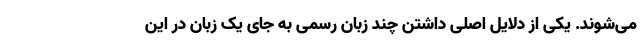
می‌شوند. یکی از دلایل اصلی داشتن چند زبان رسمی به جای یک زبان در این